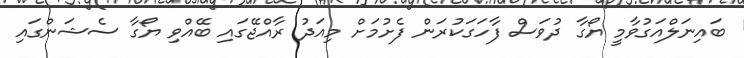
ބައިނަލްއަގުވާމީ ޔޯގާ ދުވަސް ފާހަގަކުރަން ފެށުމަށް މިއަދު ރާއްޖޭގައި ބޭއްވި ޔޯގާ ސެޝަންގައި